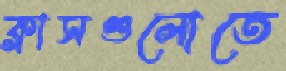
ক্লাসগুলোতে